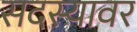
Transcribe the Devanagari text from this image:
सदस्यावर